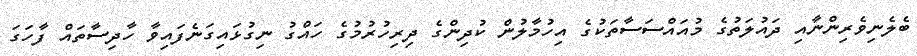
ބެލެނިވެރިންނާއި ދައުލަތުގެ މުއައްސަސާތަކުގެ އިހުމާލުން ކުދިންގެ ދިރިހުރުމުގެ ހައްގު ނިގުޅައިގަނެފައިވާ ހާދިސާތައް ފާހަގަ